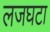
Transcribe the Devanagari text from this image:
लजघटा